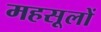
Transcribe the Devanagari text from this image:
महसूलों